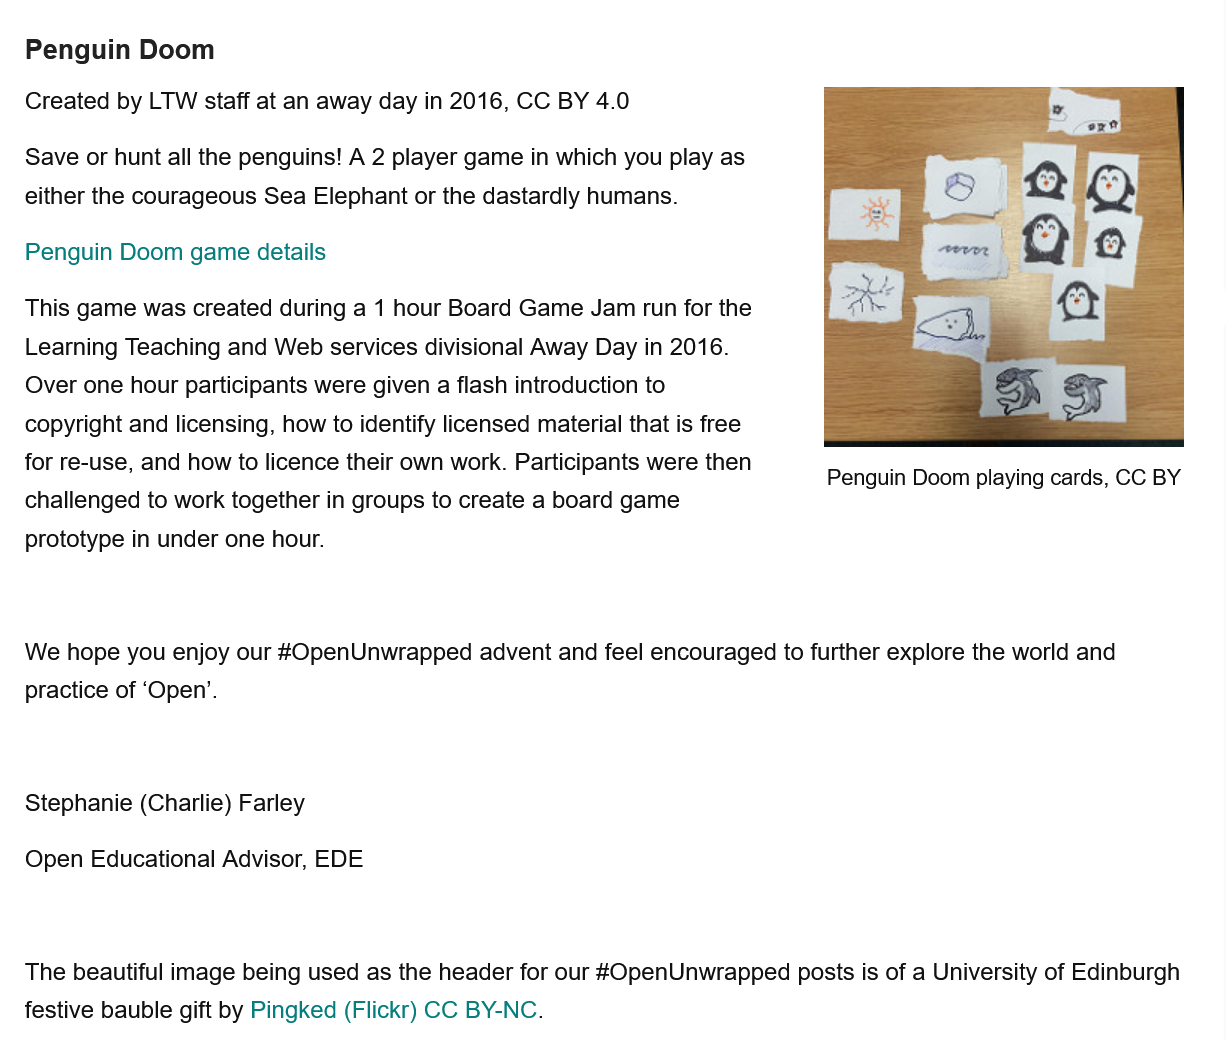
Penguin Doom
  Created by LTW staff at an away day in 2016, CC BY 4.0
  Save or hunt all the penguins! A 2 player game in which you play as
  either the courageous Sea Elephant or the dastardly humans.
  Penguin Doom game details
  This game was created during a 1 hour Board Game Jam run for the
  Learning Teaching and Web services divisional Away Day in 2016.
  Over one hour participants were given a flash introduction to
  copyright and licensing, how to identify licensed material that is free
  for re-use, and how to licence their own work. Participants were then
  challenged to work together in groups to create a board game
  prototype in under one hour.
  We hope you enjoy our #OpenUnwrapped advent and feel encouraged to further explore the world and
  practice of ‘Open’.
  Stephanie (Charlie) Farley
  Open  Educational Advisor, EDE
     Penguin Doom playing cards, CC BY
     woe
     |
     :
     qao
     ey
  The beautiful image being used as the header for our #OpenUnwrapped posts is of a University of Edinburgh
  festive bauble gift by Pingked (Flickr) CC BY-NC.